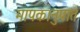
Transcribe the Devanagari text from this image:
मापकानुपात